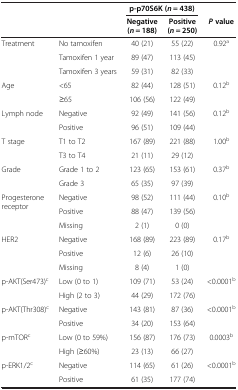
| <COLSPAN=2>  | <COLSPAN=2> p-p70S6K (n = 438) |  |
 | <COLSPAN=2>  | Negative (n = 188) | Positive (n = 250) | P value |
 | --- | --- | --- | --- | --- |
 | <ROWSPAN=3> Treatment | No tamoxifen | 40 (21) | 55 (22) | <ROWSPAN=3> 0.92a |
 | Tamoxifen 1 year | 89 (47) | 113 (45) |
 | Tamoxifen 3 years | 59 (31) | 82 (33) |
 | <ROWSPAN=2> Age | <65 | 82 (44) | 128 (51) | <ROWSPAN=2> 0.12b |
 | ≥65 | 106 (56) | 122 (49) |
 | <ROWSPAN=2> Lymph node | Negative | 92 (49) | 141 (56) | <ROWSPAN=2> 0.12b |
 | Positive | 96 (51) | 109 (44) |
 | <ROWSPAN=2> T stage | T1 to T2 | 167 (89) | 221 (88) | <ROWSPAN=2> 1.00b |
 | T3 to T4 | 21 (11) | 29 (12) |
 | <ROWSPAN=2> Grade | Grade 1 to 2 | 123 (65) | 153 (61) | <ROWSPAN=2> 0.37b |
 | Grade 3 | 65 (35) | 97 (39) |
 | <ROWSPAN=3> Progesterone receptor | Negative | 98 (52) | 111 (44) | <ROWSPAN=3> 0.10b |
 | Positive | 88 (47) | 139 (56) |
 | Missing | 2 (1) | 0 (0) |
 | <ROWSPAN=3> HER2 | Negative | 168 (89) | 223 (89) | <ROWSPAN=3> 0.17b |
 | Positive | 12 (6) | 26 (10) |
 | Missing | 8 (4) | 1 (0) |
 | <ROWSPAN=2> p-AKT(Ser473)c | Low (0 to 1) | 109 (71) | 53 (24) | <ROWSPAN=2> <0.0001b |
 | High (2 to 3) | 44 (29) | 172 (76) |
 | <ROWSPAN=2> p-AKT(Thr308)c | Negative | 143 (81) | 87 (36) | <ROWSPAN=2> <0.0001b |
 | Positive | 34 (20) | 153 (64) |
 | <ROWSPAN=2> p-mTORc | Low (0 to 59%) | 156 (87) | 176 (73) | <ROWSPAN=2> 0.0003b |
 | High (≥60%) | 23 (13) | 66 (27) |
 | p-ERK1/2c | Negative | 114 (65) | 61 (26) | <0.0001b |
 |  | Positive | 61 (35) | 177 (74) |  |